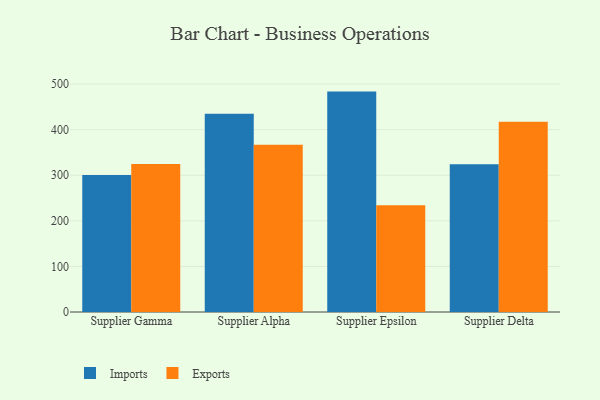
{"axis": {"x": "Supplier", "y": "Bounce Rate (%)"}, "legend": ["Exports", "Imports"], "data": [{"x": "Supplier Gamma", "y": 300.6, "type": "Imports"}, {"x": "Supplier Gamma", "y": 324.6, "type": "Exports"}, {"x": "Supplier Alpha", "y": 435.1, "type": "Imports"}, {"x": "Supplier Alpha", "y": 367.0, "type": "Exports"}, {"x": "Supplier Epsilon", "y": 483.5, "type": "Imports"}, {"x": "Supplier Epsilon", "y": 234.4, "type": "Exports"}, {"x": "Supplier Delta", "y": 324.0, "type": "Imports"}, {"x": "Supplier Delta", "y": 417.5, "type": "Exports"}]}